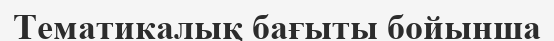
Тематикалық бағыты бойынша